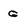
Character: g